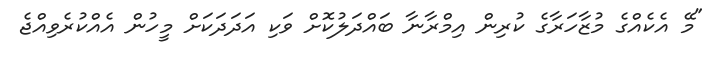
"މޭ އެކެއްގެ މުޒާހަރާގެ ކުރިން އިމްރާނާ ބައްދަލުކޮށް ވަކި އަދަދަކަށް މީހުން އެއްކުރެވިއްޖެ